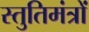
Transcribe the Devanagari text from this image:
स्तुतिमंत्रों